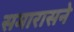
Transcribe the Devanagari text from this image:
समारासने